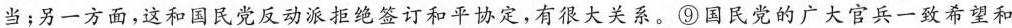
当；另一方面，这和国民党反动派拒绝签订和平协定，有很大关系。⑨国民党的广大官兵一致希望和